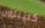
كلينتون